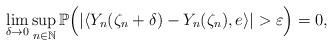
LaTeX: \begin{align*}\lim_{\delta\rightarrow 0}\sup_{n\in\mathbb{N}}\mathbb{P}\Big( |\langle Y_n(\zeta_n +\delta)-Y_n(\zeta_n) , e\rangle | >\varepsilon\Big) =0 ,\end{align*}